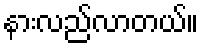
နားလည်လာတယ်။